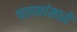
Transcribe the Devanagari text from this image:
चलनांमध्ये